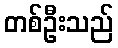
တစ်ဦးသည်